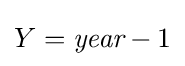
Y={\textit {year}}-1